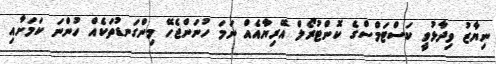
ނިޔާޒު ވިދާޅުވީ ކަސްޓަމްސްގެ ކޮންޓުރޯލް އޭރިޔާއެއް ނަމަ ހުނަންޖެހޭ މިންގަނޑުތަކެއް ހުންނަ ކަމަށާއި